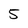
Character: 5